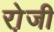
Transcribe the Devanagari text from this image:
रो़जी